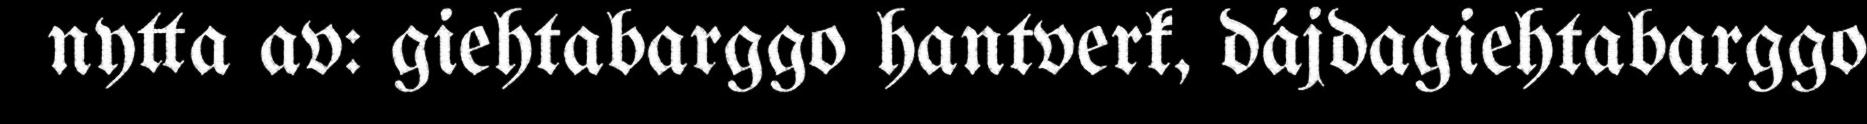
nytta av: giehtabarggo hantverk, dájdagiehtabarggo